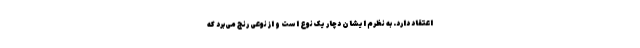
اعتقاد دارد. به نظرم ایشان دچار یک نوع است و از نوعی رنج می‌برد که